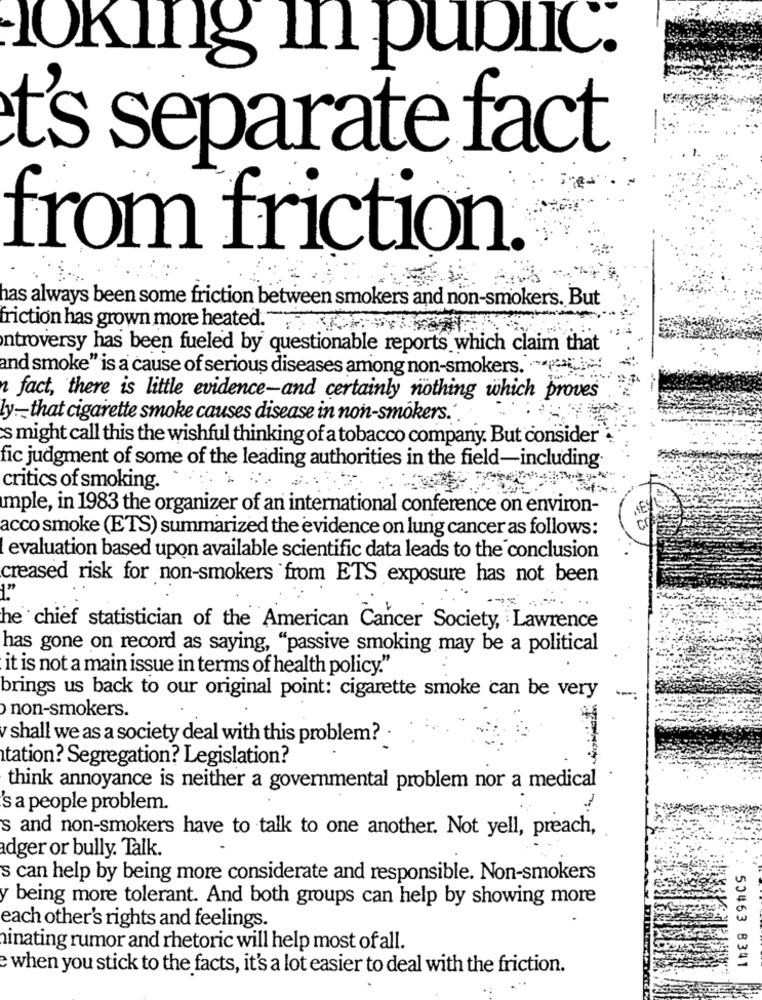
loking In public.
t's separate fact
from friction.
has always been some friction between smokers and non-smokers. But
friction has grown more heated."
ntroversy has been fueled by questionable reports which claim that
and smoke" is a cause of serious diseases among non-smokers. ** (. ..
n fact, there is little evidence-and certainly nothing which proves
ly -- that cigarette smoke causes disease in non-smokers.'
s might call this the wishful thinking of a tobacco company. But consider
fic judgment of some of the leading authorities in the field-including
critics of smoking.
Imple, in 1983 the organizer of an international conference on environ-
MES
CO
acco smoke (ETS) summarized the evidence on lung cancer as follows:
evaluation based upon available scientific data leads to the conclusion
creased risk for non-smokers from ETS exposure has not been
he chief statistician of the American Cancer Society, Lawrence
has gone on record as saying, "passive smoking may be a political
it is not a main issue in terms of health policy."
brings us back to our original point: cigarette smoke can be very
non-smokers.
v shall we as a society deal with this problem? .
tation? Segregation? Legislation?
think annoyance is neither a governmental problem nor a medical
's a people problem.
s and non-smokers have to talk to one another. Not yell, preach,
adger or bully. Talk.
s can help by being more considerate and responsible. Non-smokers
y being more tolerant. And both groups can help by showing more
each other's rights and feelings.
inating rumor and rhetoric will help most of all.
e when you stick to the facts, it's a lot easier to deal with the friction.
50463 8341